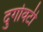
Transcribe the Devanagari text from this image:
दुर्गावटी